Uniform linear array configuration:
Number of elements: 24
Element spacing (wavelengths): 1
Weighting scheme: hamming
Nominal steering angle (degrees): -30
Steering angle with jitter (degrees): -31.43
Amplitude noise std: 0.05
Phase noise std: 0.05

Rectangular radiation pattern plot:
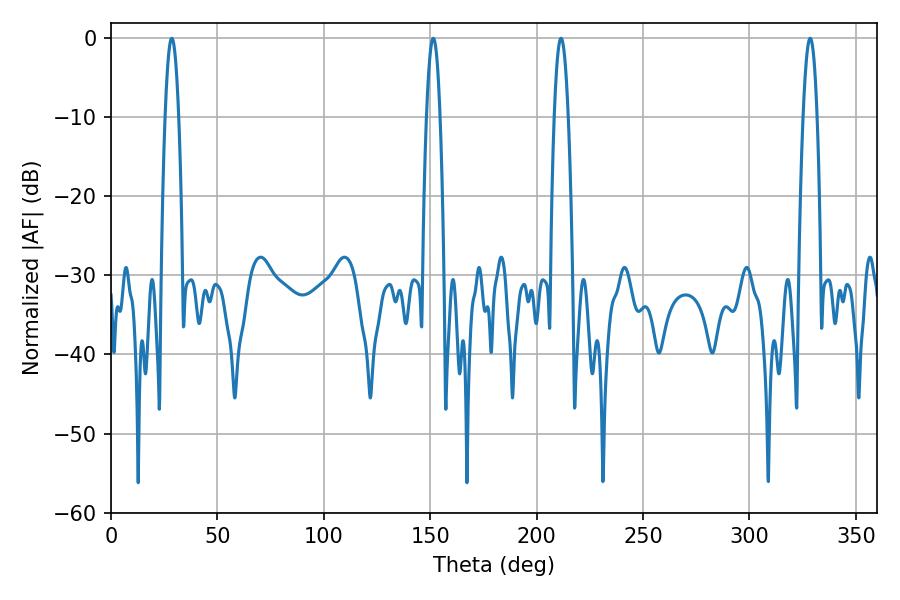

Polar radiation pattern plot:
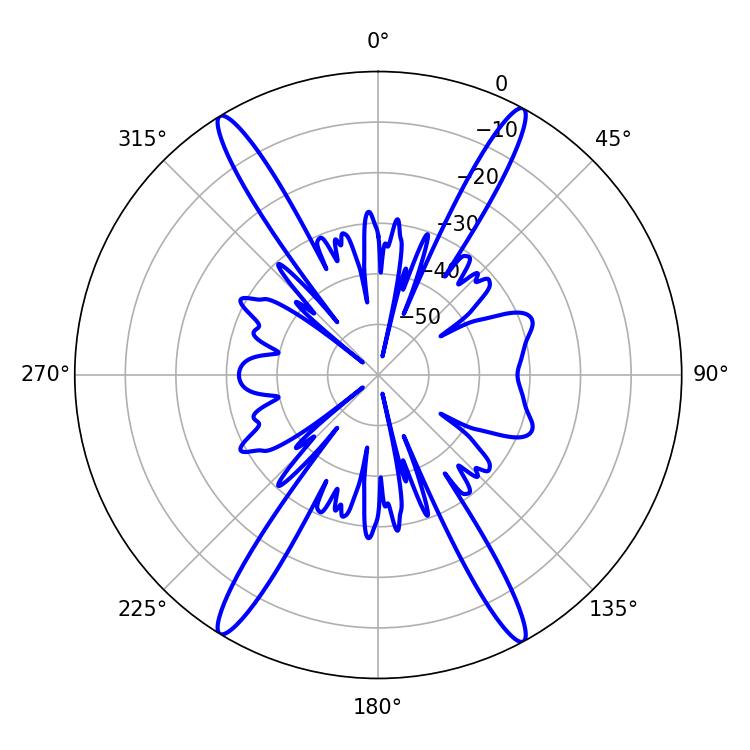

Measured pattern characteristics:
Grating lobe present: TRUE
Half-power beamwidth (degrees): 3.6
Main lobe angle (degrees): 211.5